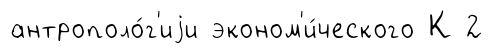
антрополо́г'иjи эконом'и́ческого К 2